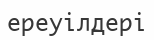
ереуілдері